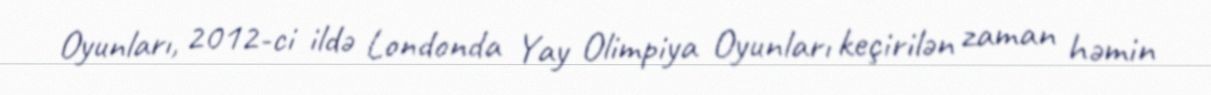
Oyunları, 2012-ci ildə Londonda Yay Olimpiya Oyunları keçirilən zaman həmin